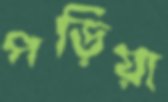
পড়িয়া